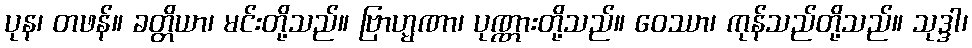
ပုန၊ တဖန်။ ခတ္တိယာ၊ မင်းတို့သည်။ ဗြာဟ္မဏာ၊ ပုဏ္ဏားတို့သည်။ ဝေဿာ၊ ကုန်သည်တို့သည်။ သုဒ္ဒါ၊